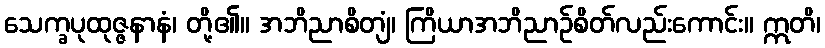
သေက္ခပုထုဇ္ဇနာနံ၊ တို့၏။ အဘိညာစိတျံ၊ ကြိယာအဘိညာဉ်စိတ်လည်းကောင်း။ ဣတိ၊